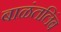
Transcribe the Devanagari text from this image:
बाळंतलिंब